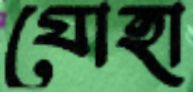
যোহা